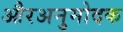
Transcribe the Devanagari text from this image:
औरअनुमोदक